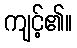
ကျင့်၏။